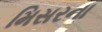
મિસરના